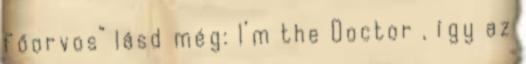
főorvos” lásd még: I’m the Doctor , így az